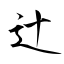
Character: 辻